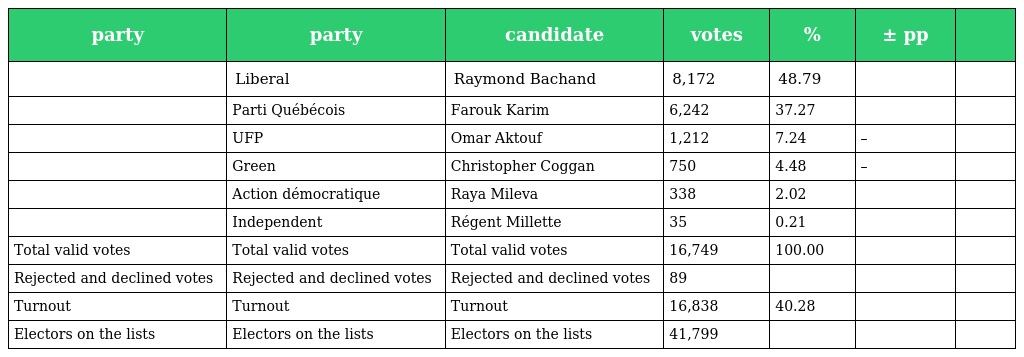
| party | party | candidate | votes | % | ± pp |  |
 | --- | --- | --- | --- | --- | --- | --- |
 |  | Liberal | Raymond Bachand | 8,172 | 48.79 |  |  |
 |  | Parti Québécois | Farouk Karim | 6,242 | 37.27 |  |  |
 |  | UFP | Omar Aktouf | 1,212 | 7.24 | – |  |
 |  | Green | Christopher Coggan | 750 | 4.48 | – |  |
 |  | Action démocratique | Raya Mileva | 338 | 2.02 |  |  |
 |  | Independent | Régent Millette | 35 | 0.21 |  |  |
 | Total valid votes | Total valid votes | Total valid votes | 16,749 | 100.00 |  |  |
 | Rejected and declined votes | Rejected and declined votes | Rejected and declined votes | 89 |  |  |  |
 | Turnout | Turnout | Turnout | 16,838 | 40.28 |  |  |
 | Electors on the lists | Electors on the lists | Electors on the lists | 41,799 |  |  |  |